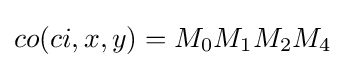
co(ci,x,y)=M_{0}M_{1}M_{2}M_{4}